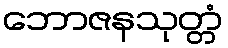
ဘောဇနသုတ္တံ